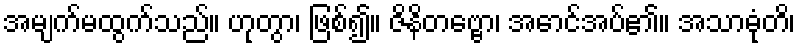
အမျက်မထွက်သည်။ ဟုတွာ၊ ဖြစ်၍။ ဇိနိတဗ္ဗော၊ အောင်အပ်၏။ အသာဓုံတိ၊